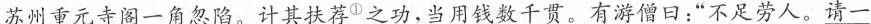
苏州重元寺阁一角忽陷。计其扶荐^{①}之功，当用钱数千贯。有游僧口：”不足劳人。请一